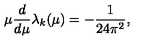
\mu { \frac { d } { d \mu } } \lambda _ { k } ( \mu ) = - { \frac { 1 } { 2 4 \pi ^ { 2 } } } ,